Lunatic asylums Punjab 1911-1921 - 1911-1921
Year: 1911
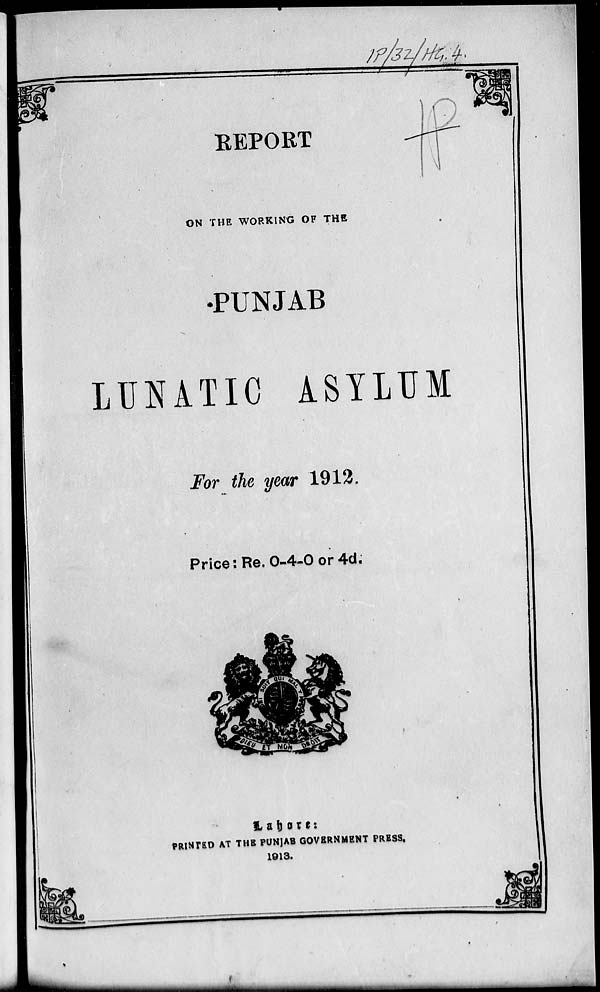
REPORT
ON THE WORKING OF THE
PUNJAB
LUNATIC ASYLUM
For the year 1912.
Price: Re. 0-4-0 or 4d.
Lahore:
PRINTED AT THE PUNJAB GOVERNMENT PRESS,
1913.